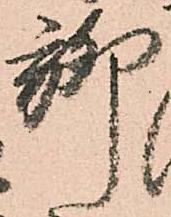
聊